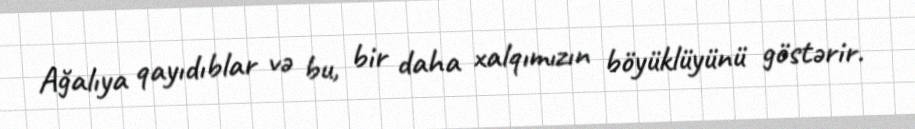
Ağalıya qayıdıblar və bu, bir daha xalqımızın böyüklüyünü göstərir.